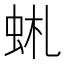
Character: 𧉹